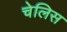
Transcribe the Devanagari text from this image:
चेलिस